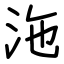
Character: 沲